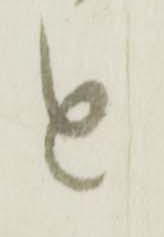
と